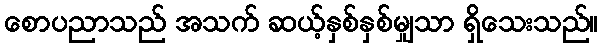
စောပညာသည် အသက် ဆယ့်နှစ်နှစ်မျှသာ ရှိသေးသည်။